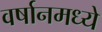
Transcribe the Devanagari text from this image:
वर्षानमध्ये